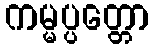
ကမ္မပ္ပတ္တော